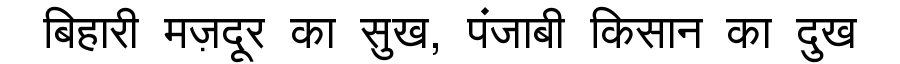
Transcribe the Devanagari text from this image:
बिहारी मज़दूर का सुख, पंजाबी किसान का दुख